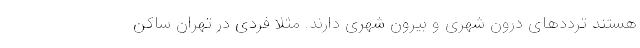
هستند ترددهای درون شهری و بیرون شهری دارند. مثلاً فردی در تهران ساکن